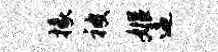
掾被姬逼